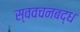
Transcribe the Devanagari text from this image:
स्ववचनबद्ध